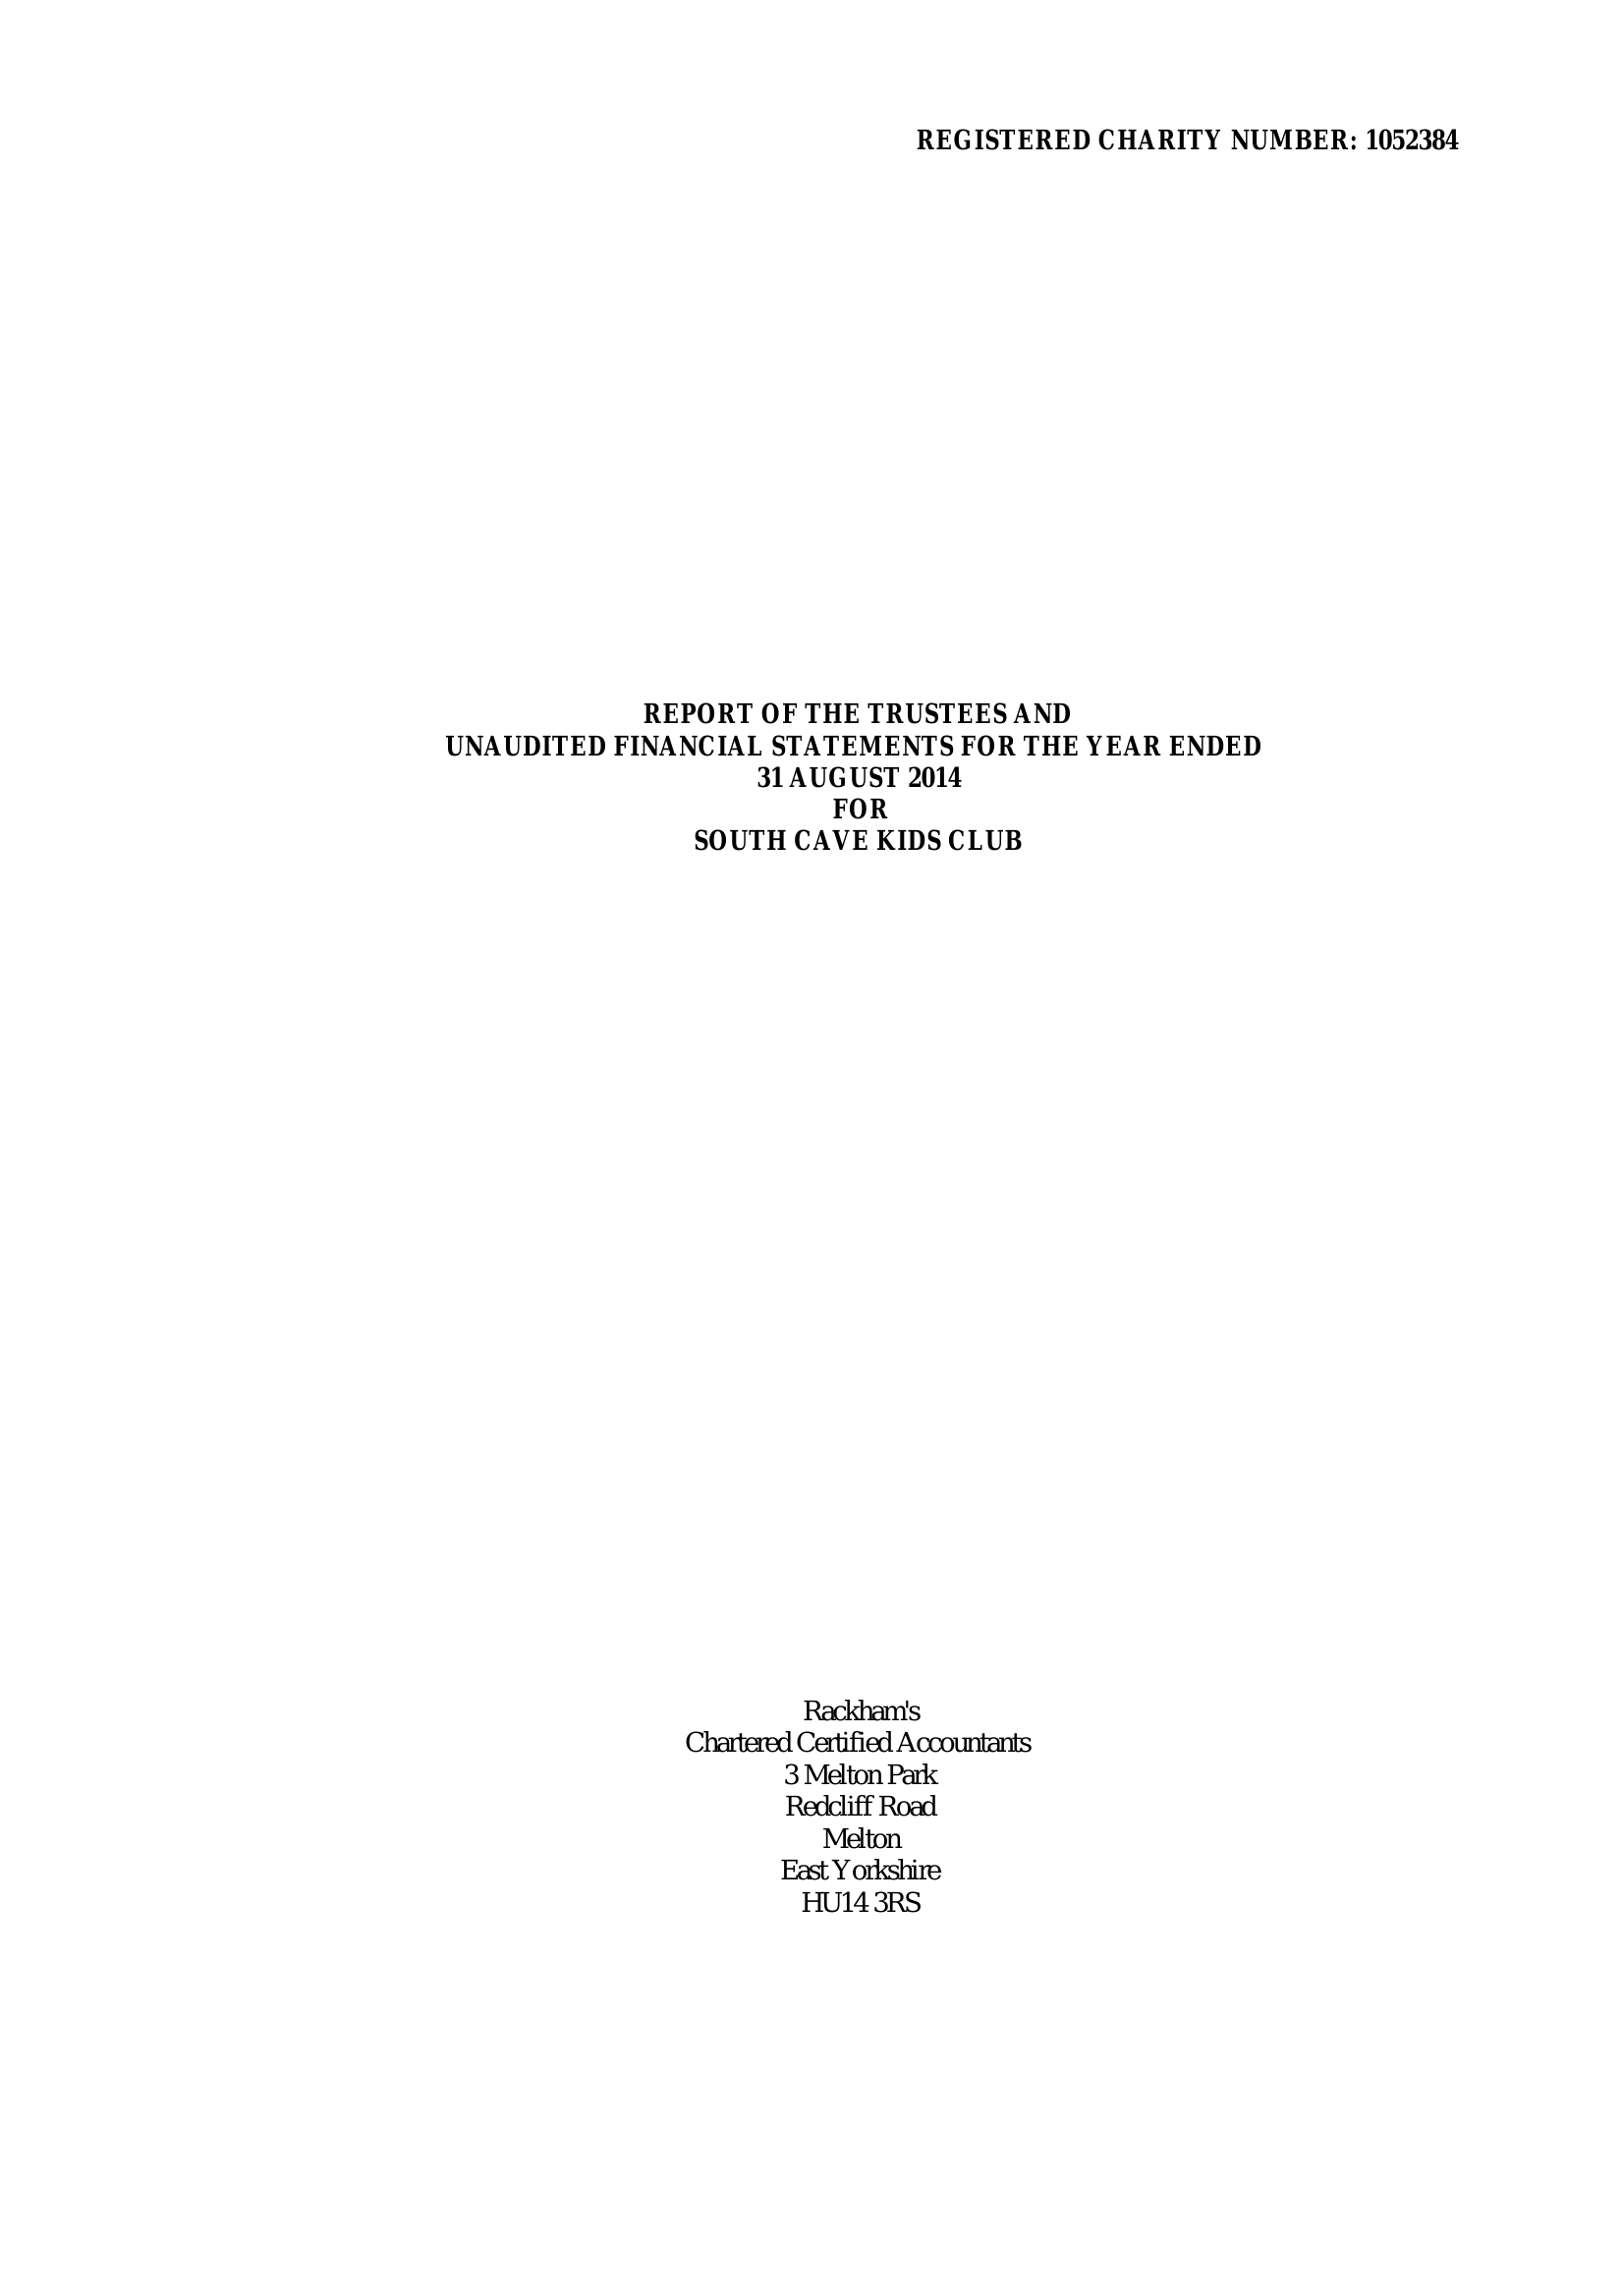
REGISTERED CHARITY NUMBER: 1052384
     REPORT OF THE TRUSTEES AND
     UNAUDITED FINANCIAL STATEMENTS FOR THE YEAR ENDED
     31 AUGUST 2014
     FOR
     SOUTH CAVE KIDS CLUB
     Rackham's
     Chartered Certified Accountants
     3 Melton Park
     Redcliff Road
     Melton
     East Yorkshire
     HU14 3RS